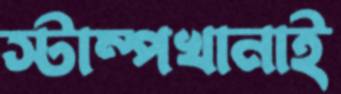
স্টাম্পখানাই